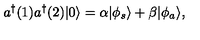
a ^ { \dagger } ( 1 ) a ^ { \dagger } ( 2 ) | 0 \rangle = \alpha | \phi _ { s } \rangle + \beta | \phi _ { a } \rangle ,